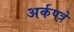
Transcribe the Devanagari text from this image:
अर्कपत्रे